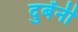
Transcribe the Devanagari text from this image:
दुबेंनी